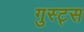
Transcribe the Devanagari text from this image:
गुस्ट्स